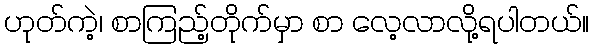
ဟုတ်ကဲ့၊ စာကြည့်တိုက်မှာ စာ လေ့လာလို့ရပါတယ်။